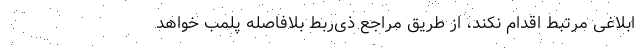
ابلاغی مرتبط اقدام نکند، از طریق مراجع ذی‌ربط بلافاصله پلمب خواهد